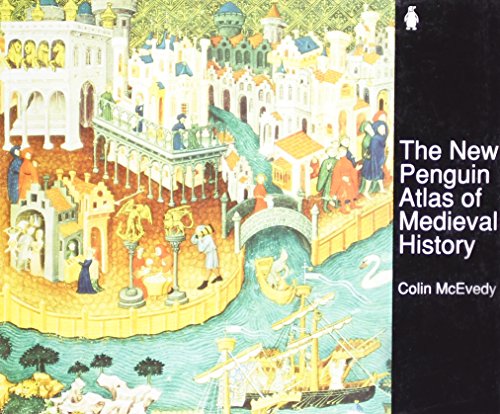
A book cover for The New Penguin Atlas of Medieval History: Revised Edition (Hist Atlas); Colin McEvedy; History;